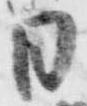
日